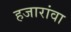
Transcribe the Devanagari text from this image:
हजारांवा